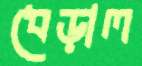
ধেড়াল